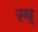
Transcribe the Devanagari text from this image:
स्व्